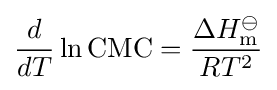
{\frac {d}{dT}}\ln \mathrm {CMC} ={\frac {\Delta H_{\mathrm {m} }^{\ominus }}{RT^{2}}}